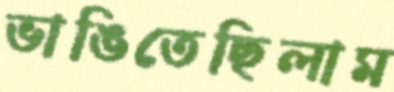
ভাঙিতেছিলাম